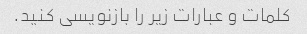
کلمات و عبارات زیر را بازنویسی کنید.